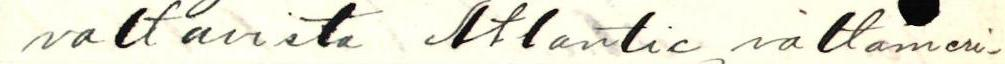
valtavista Atlantic valtameri-